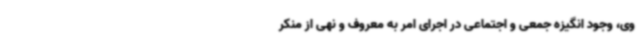
وی، وجود انگیزه جمعی و اجتماعی در اجرای امر به معروف و نهی از منکر